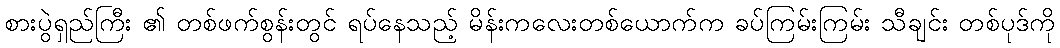
စားပွဲရှည်ကြီး ၏ တစ်ဖက်စွန်းတွင် ရပ်နေသည့် မိန်းကလေးတစ်ယောက်က ခပ်ကြမ်းကြမ်း သီချင်း တစ်ပုဒ်ကို